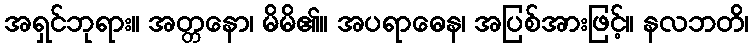
အရှင်ဘုရား။ အတ္တနော၊ မိမိ၏။ အပရာဓေန၊ အပြစ်အားဖြင့်။ နလဘတိ၊